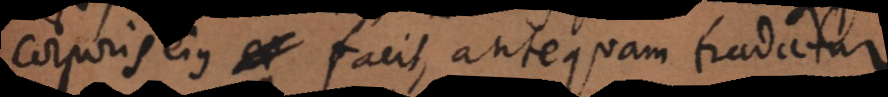
corporis ejus facit, antequam tradatur.